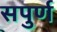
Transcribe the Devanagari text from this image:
सपुर्ण